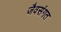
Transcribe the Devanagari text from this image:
जैवसंगत